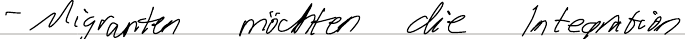
- Migranten möchten die Integration